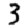
Digit: 3